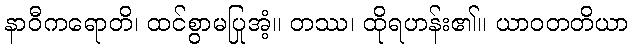
နာဝီကရောတိ၊ ထင်စွာမပြုအံ့။ တဿ၊ ထိုရဟန်း၏။ ယာဝတတိယာ